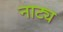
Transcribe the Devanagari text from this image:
नाट्य